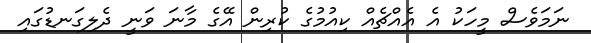
ނަމަވެސް މީހަކު އެ އެއްޗެއް ކިއުމުގެ ކުރިން އޭގެ މާނަ ވަނީ ދެލިގަނޑުގައި